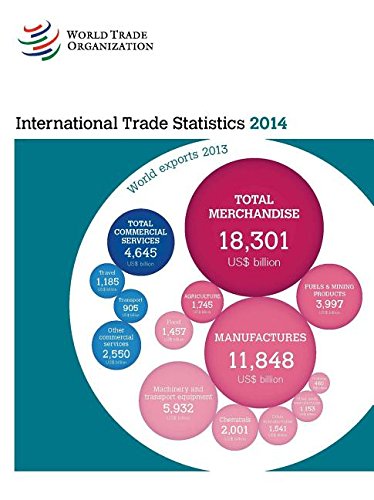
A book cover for International Trade Statistics 2014 (World Trade Organization International Trade Statistics); World Trade Organization WTO; Business & Money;